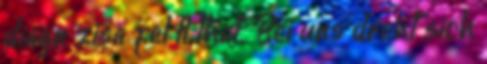
diagn zisa fel ll that. Bei uns dreht sich